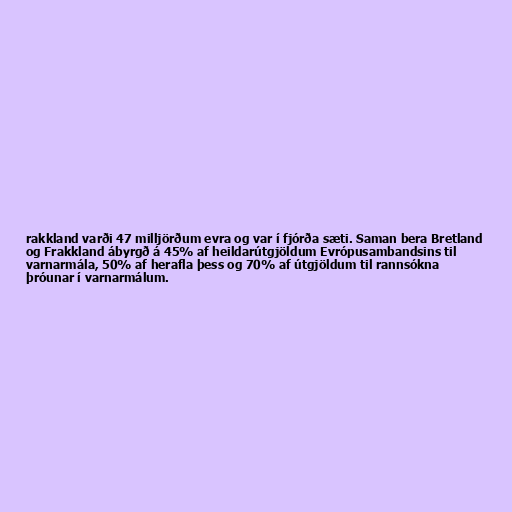
rakkland varði 47 milljörðum evra og var í fjórða sæti. Saman bera Bretland
og Frakkland ábyrgð á 45% af heildarútgjöldum Evrópusambandsins til
varnarmála, 50% af herafla þess og 70% af útgjöldum til rannsókna
þróunar í varnarmálum.